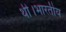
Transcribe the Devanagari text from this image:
थी।भारतीय